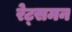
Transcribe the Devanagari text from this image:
रेट्समन